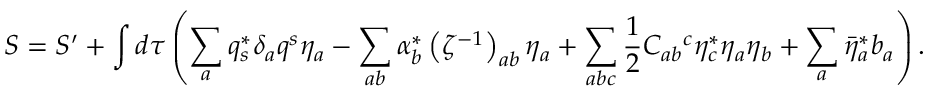
S = S ^ { \prime } + \int d \tau \left( \sum _ { a } q _ { s } ^ { * } \delta _ { a } q ^ { s } \eta _ { a } - \sum _ { a b } \alpha _ { b } ^ { * } \left( \zeta ^ { - 1 } \right) _ { a b } \eta _ { a } + \sum _ { a b c } \frac { 1 } { 2 } C _ { a b } { } ^ { c } \eta _ { c } ^ { * } \eta _ { a } \eta _ { b } + \sum _ { a } \bar { \eta } _ { a } ^ { * } b _ { a } \right) .